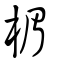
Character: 楣